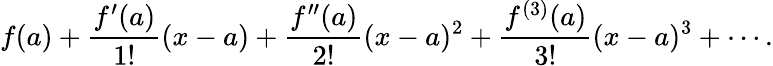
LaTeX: f(a)+{\frac{f^{\prime}(a)}{1!}}(x-a)+{\frac{f^{\prime\prime}(a)}{2!}}(x-a)^{2}+{\frac{f^{(3)}(a)}{3!}}(x-a)^{3}+\cdots.